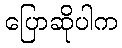
ပြောဆိုပါက